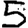
Digit: 5